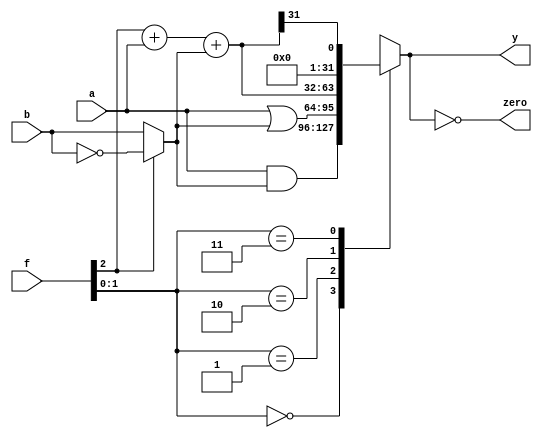
module ALU (input [31:0] a, b, input [2:0] f, output reg [31:0] y, output zero) ;
  wire [31:0] BB ;
  wire [31:0] S ;
  wire   cout ;
  
  assign BB = (f[2]) ? ~b : b ;
  assign {cout, S} = f[2] + a + BB ;
  always @ * begin
   case (f[1:0]) 
    2'b00 : y <= a & BB ;
    2'b01 : y <= a | BB ;
    2'b10 : y <= S ;
    2'b11 : y <= {31'd0, S[31]};
   endcase
  end 
  
  assign zero = (y == 0) ;
   
 endmodule